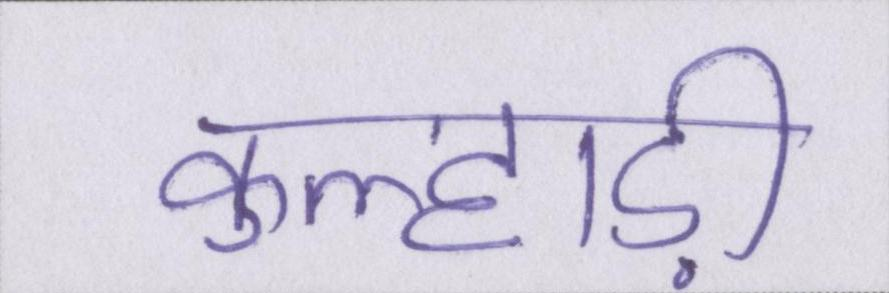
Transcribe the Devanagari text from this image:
कुल्हाड़ी